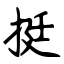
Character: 挺